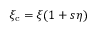
\xi _ { \mathrm { c } } = \xi ( 1 + s \eta )